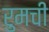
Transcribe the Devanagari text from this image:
रुमची